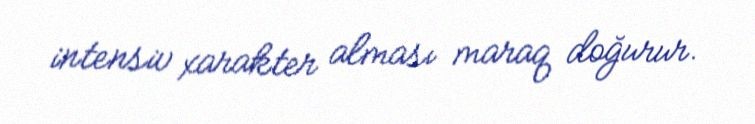
intensiv xarakter alması maraq doğurur.